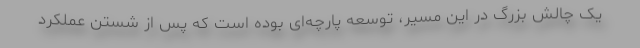
یک چالش بزرگ در این مسیر، توسعه پارچه‌ای بوده است که پس از شستن عملکرد